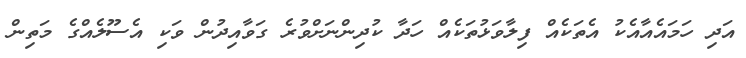
އަދި ހަމައެއާއެކު އެތަކެއް ފިލާވަޅުތަކެއް ހަދާ ކުދިންނަށްވުރެ ގަވާއިދުން ވަކި އެސޫލެއްގެ މަތިން